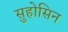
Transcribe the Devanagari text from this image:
सुहोसिन